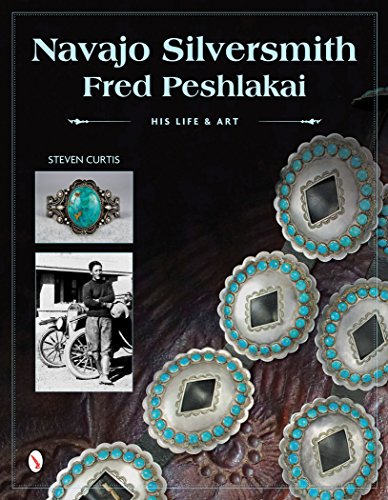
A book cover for Navajo Silversmith Fred Peshlakai: His Life & Art; Steven Curtis; Crafts, Hobbies & Home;